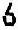
6